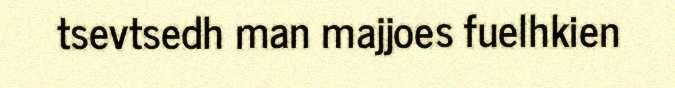
tsevtsedh man majjoes fuelhkien